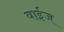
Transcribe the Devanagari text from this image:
वाईज